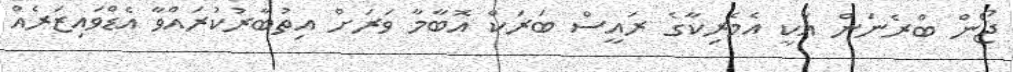
ޖޯން ބްރެނަން އަކީ އެމެރިކާގެ ރައީސް ބަރަކް އޮބާމާ ވަރަށް އިތުބާރުކުރައްވާ އެޑްވައިޒަރެއް